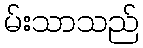
မ်းသာသည်